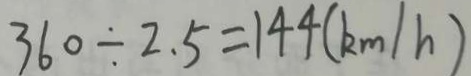
3 6 0 \div 2 . 5 = 1 4 4 ( k m / h )